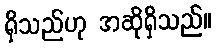
ရှိသည်ဟု အဆိုရှိသည်။